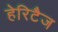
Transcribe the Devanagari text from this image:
हेरिटैज